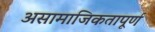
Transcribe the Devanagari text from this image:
असामाजिकतापूर्ण